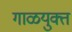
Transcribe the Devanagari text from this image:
गाळयुक्त